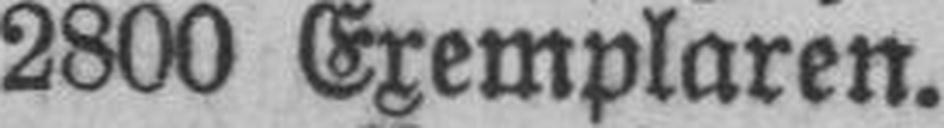
2800 Exemplaren.